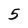
Character: 5